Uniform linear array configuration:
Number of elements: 12
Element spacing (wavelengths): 0.25
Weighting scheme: uniform
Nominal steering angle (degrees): -15
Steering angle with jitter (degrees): -15.672
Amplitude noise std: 0.05
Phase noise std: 0.05

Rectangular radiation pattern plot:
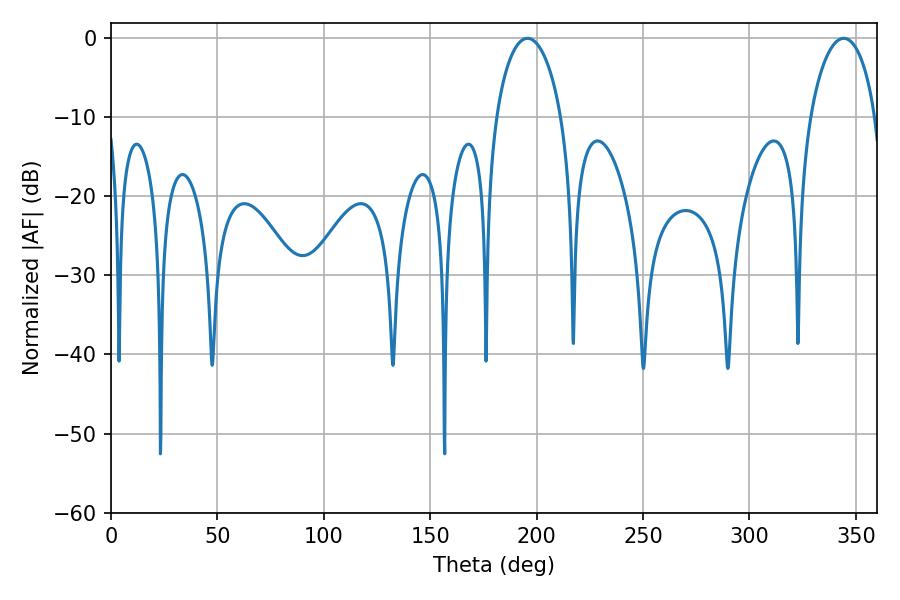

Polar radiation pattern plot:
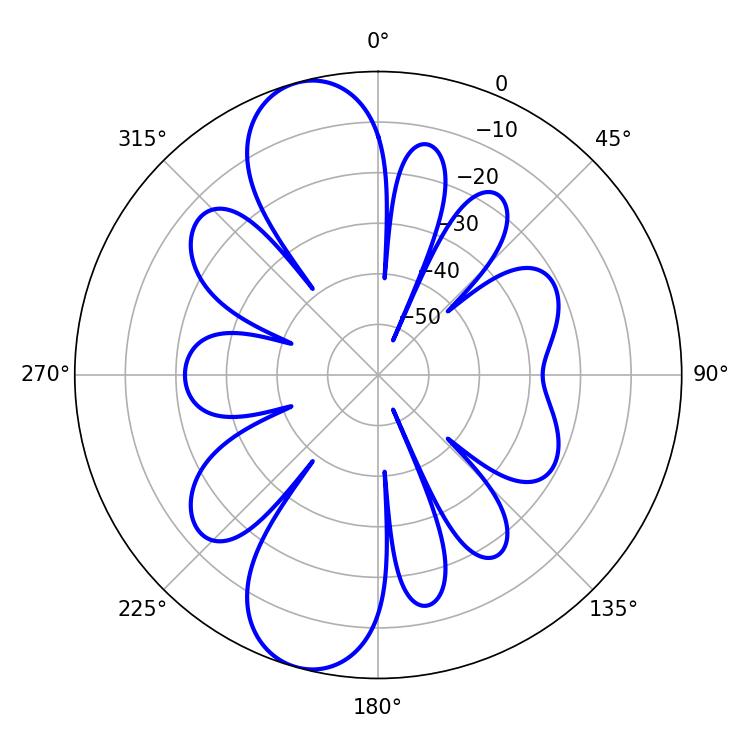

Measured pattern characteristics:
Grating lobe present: FALSE
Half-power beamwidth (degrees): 17.64
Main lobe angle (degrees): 195.66